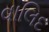
વાલિદ